system: You are a helpful assistant.
user:
Analyze the provided spectrum to determine if it is a **S-type Star**.

- **Key Indicators for S-type Star:**

    - **(Overall Spectrum Shape):** The first and most obvious characteristic is the overall continuum (the "baseline" shape). It is **extremely "red-sloping,"** meaning the flux (light intensity) is very low on the left side (blue, ~4000-4500 Å) and rises steeply and continuously toward the right side (red, ~7000 Å+).

    - **(Primary):** The spectrum is defined by the presence of strong, broad molecular absorption "valleys" (bands) from **Zirconium Oxide (ZrO)**. The identification of these bands is the **primary requirement** for classifying a star as S-type.
        - **(Key Bandheads):** You must find distinct, deep "dips" where the light has been absorbed. The most critical band systems to locate are:
            - **~6474 Å** ($\gamma$-system): This is often the strongest and clearest ZrO feature, found in the red part of the spectrum.
            - **~5718 Å** & **~5551 Å** ($\beta$-system): A pair of prominent absorption features in the yellow-orange part of the spectrum.
            - **~4640 Å** ($\alpha$-system): A key absorption band system in the blue-green region of the spectrum.

    - **(Secondary Confirmation):** The classification is strengthened by finding additional absorption bands from other related heavy element oxides, which are expected to be present alongside ZrO.
        - **(Key Bandheads):**
            - **Yttrium Oxide (YO):** Look for absorption dips near **~4800 Å** and **~6100 Å**.
            - **Lanthanum Oxide (LaO):** Additional absorption features, particularly in the red-orange part of the spectrum, are also characteristic.

    - **(Line Profile):** The combination of the steep red continuum and these numerous, deep molecular bands (ZrO, YO, etc.) gives the entire spectrum a very **"chopped-up"** or **"bumpy"** appearance. Instead of a smooth curve, the spectrum looks as though large, wide chunks of light have been "carved out" of it at the specific wavelengths listed above.

Think first, call **spectral_visualization_tool** if needed to examine features in detail, then provide your final answer. Your response must adhere to the following strict rules:
1.  **Overall Structure:** Your response must follow the format `<think>...</think> <tool_call>...</tool_call> (if a tool is used) <answer>...</answer>`.
2.  **Tool Usage Constraint:** You may only make **one** tool call per turn.
3.  **Final Answer Format:** In the `<answer>` tag, your conclusion must be inside a `\boxed{}` command (e.g., `\boxed{YES}` or `\boxed{NO}`), followed by your justification.

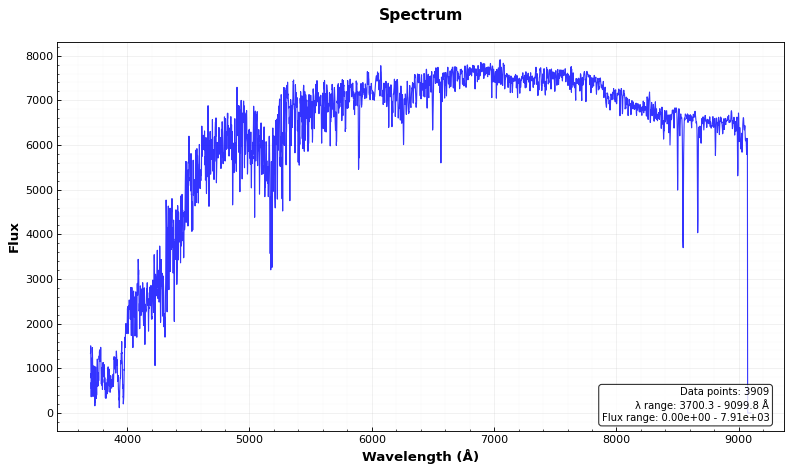
Answer: NO